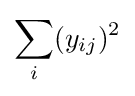
\sum _{i}(y_{ij})^{2}